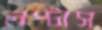
লপ্‌টাস